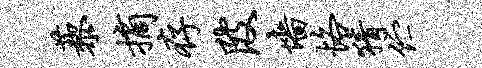
藜摘存陂墙恪猜伫